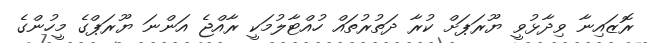
ރޮޒައިނާ ވިދާޅުވީ ޔޫރަޕަށް ކުރާ ދަތުރުތައް ހުއްޓާލުމަކީ ރާއްޖެ އަންނަ ޔޫރަޕްގެ މީހުންގެ